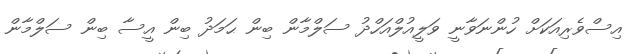
އިސްވެރިއަކަށް ހުންނަވާނީ ވަލީއުލްއަހްދު ސަލްމާން ބިން ޙަމަދު ބިން އީސާ ބިން ސަލްމާން